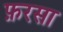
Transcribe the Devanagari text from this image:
फ़रसा